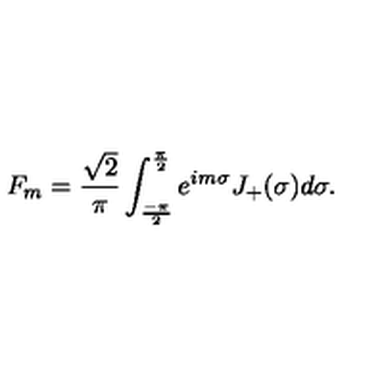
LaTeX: F _ { m } = \frac { \sqrt { 2 } } { \pi } \int _ { \frac { - \pi } { 2 } } ^ { \frac { \pi } { 2 } } e ^ { i m \sigma } J _ { + } ( \sigma ) d \sigma .